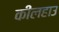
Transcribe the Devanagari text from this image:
कीलहाउ